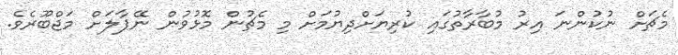
މެޗަށް ނުކުންނަ އިރު މުބާރާތުގައި ކުރިޔަށްދިޔުމަށް މި މެޗުން މޮޅުވުން ނޭޕާލަށް މަޖްބޫރެވެ.